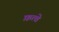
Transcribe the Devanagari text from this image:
फ़त्वे